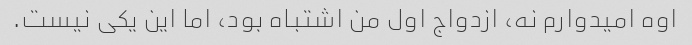
اوه امیدوارم نه، ازدواج اول من اشتباه بود، اما این یکی نیست.